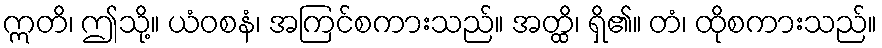
ဣတိ၊ ဤသို့။ ယံဝစနံ၊ အကြင်စကားသည်။ အတ္ထိ၊ ရှိ၏။ တံ၊ ထိုစကားသည်။